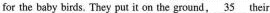
for the baby birds. They put it on the ground,\underline{35} their